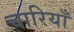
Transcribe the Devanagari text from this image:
चारियाँ